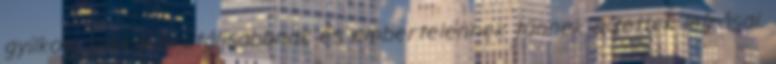
gyilkos, sokkal brutálisabbnak és embertelennek tűnnek a tettek leírásai.